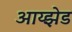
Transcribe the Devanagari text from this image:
आय्झेड